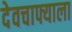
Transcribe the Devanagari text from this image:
देवचाफ्याला